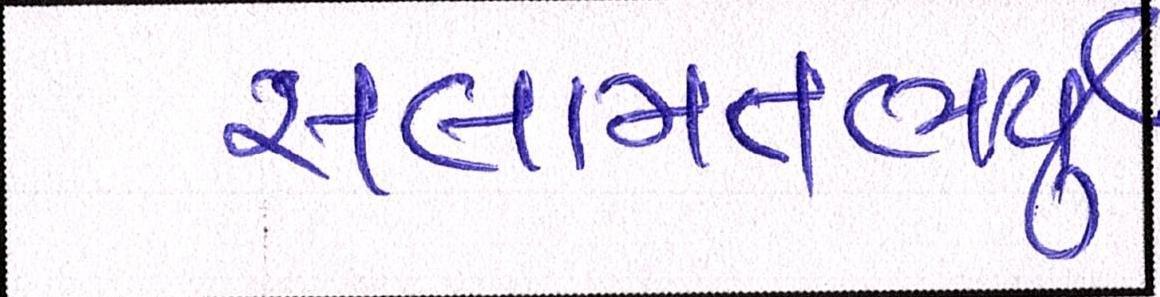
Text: સલામતભર્યું